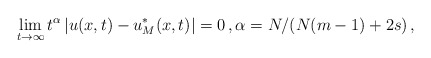
\begin{align*}\lim_{t\to\infty} t^{\alpha}\,|u(x,t)-u^*_M(x,t)|=0\,, \alpha=N/(N(m-1)+2s)\,,\end{align*}